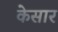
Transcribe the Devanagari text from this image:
केसार